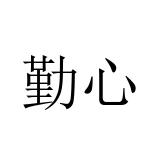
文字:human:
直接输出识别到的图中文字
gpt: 勤心